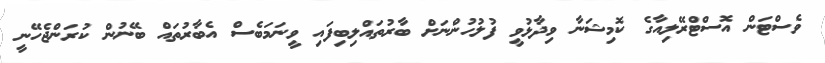
ވެސްޓަން އޮސްޓްރޭލިއާގެ ކޮމިޝަނާ ވިދާޅުވީ ފުލުހުންނަށް ބާރުތައްލިބިފައި ވީނަމަބެސް އެބާރުތައް ބޭނުން ކުރަންޖެހޭނީ